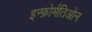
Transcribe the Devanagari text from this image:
इन्फ़ोर्मतिओन